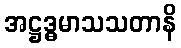
အဋ္ဌဒ္ဓမာသသတာနိ